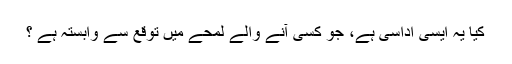
کیا یہ ایسی اداسی ہے، جو کسی آنے والے لمحے میں توقع سے وابستہ ہے ؟